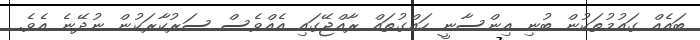
ބައެއް ގައުމުތަކުން ބުނި އިންސާނީ ހައްގުތައް ރާއްޖޭގައި އެއްވެސް ސަރުކާރަކުން ނުދޭނެ އެވެ.